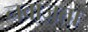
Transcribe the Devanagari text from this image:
नवाज़ता